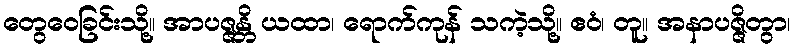
တွေဝေခြင်းသို့။ အာပဇ္ဇန္တိ ယထာ၊ ရောက်ကုန် သကဲ့သို့။ ဧဝံ၊ တူ။ အနာပဇ္ဇိတွာ၊